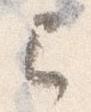
已